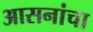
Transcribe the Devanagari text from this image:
आसनांचा